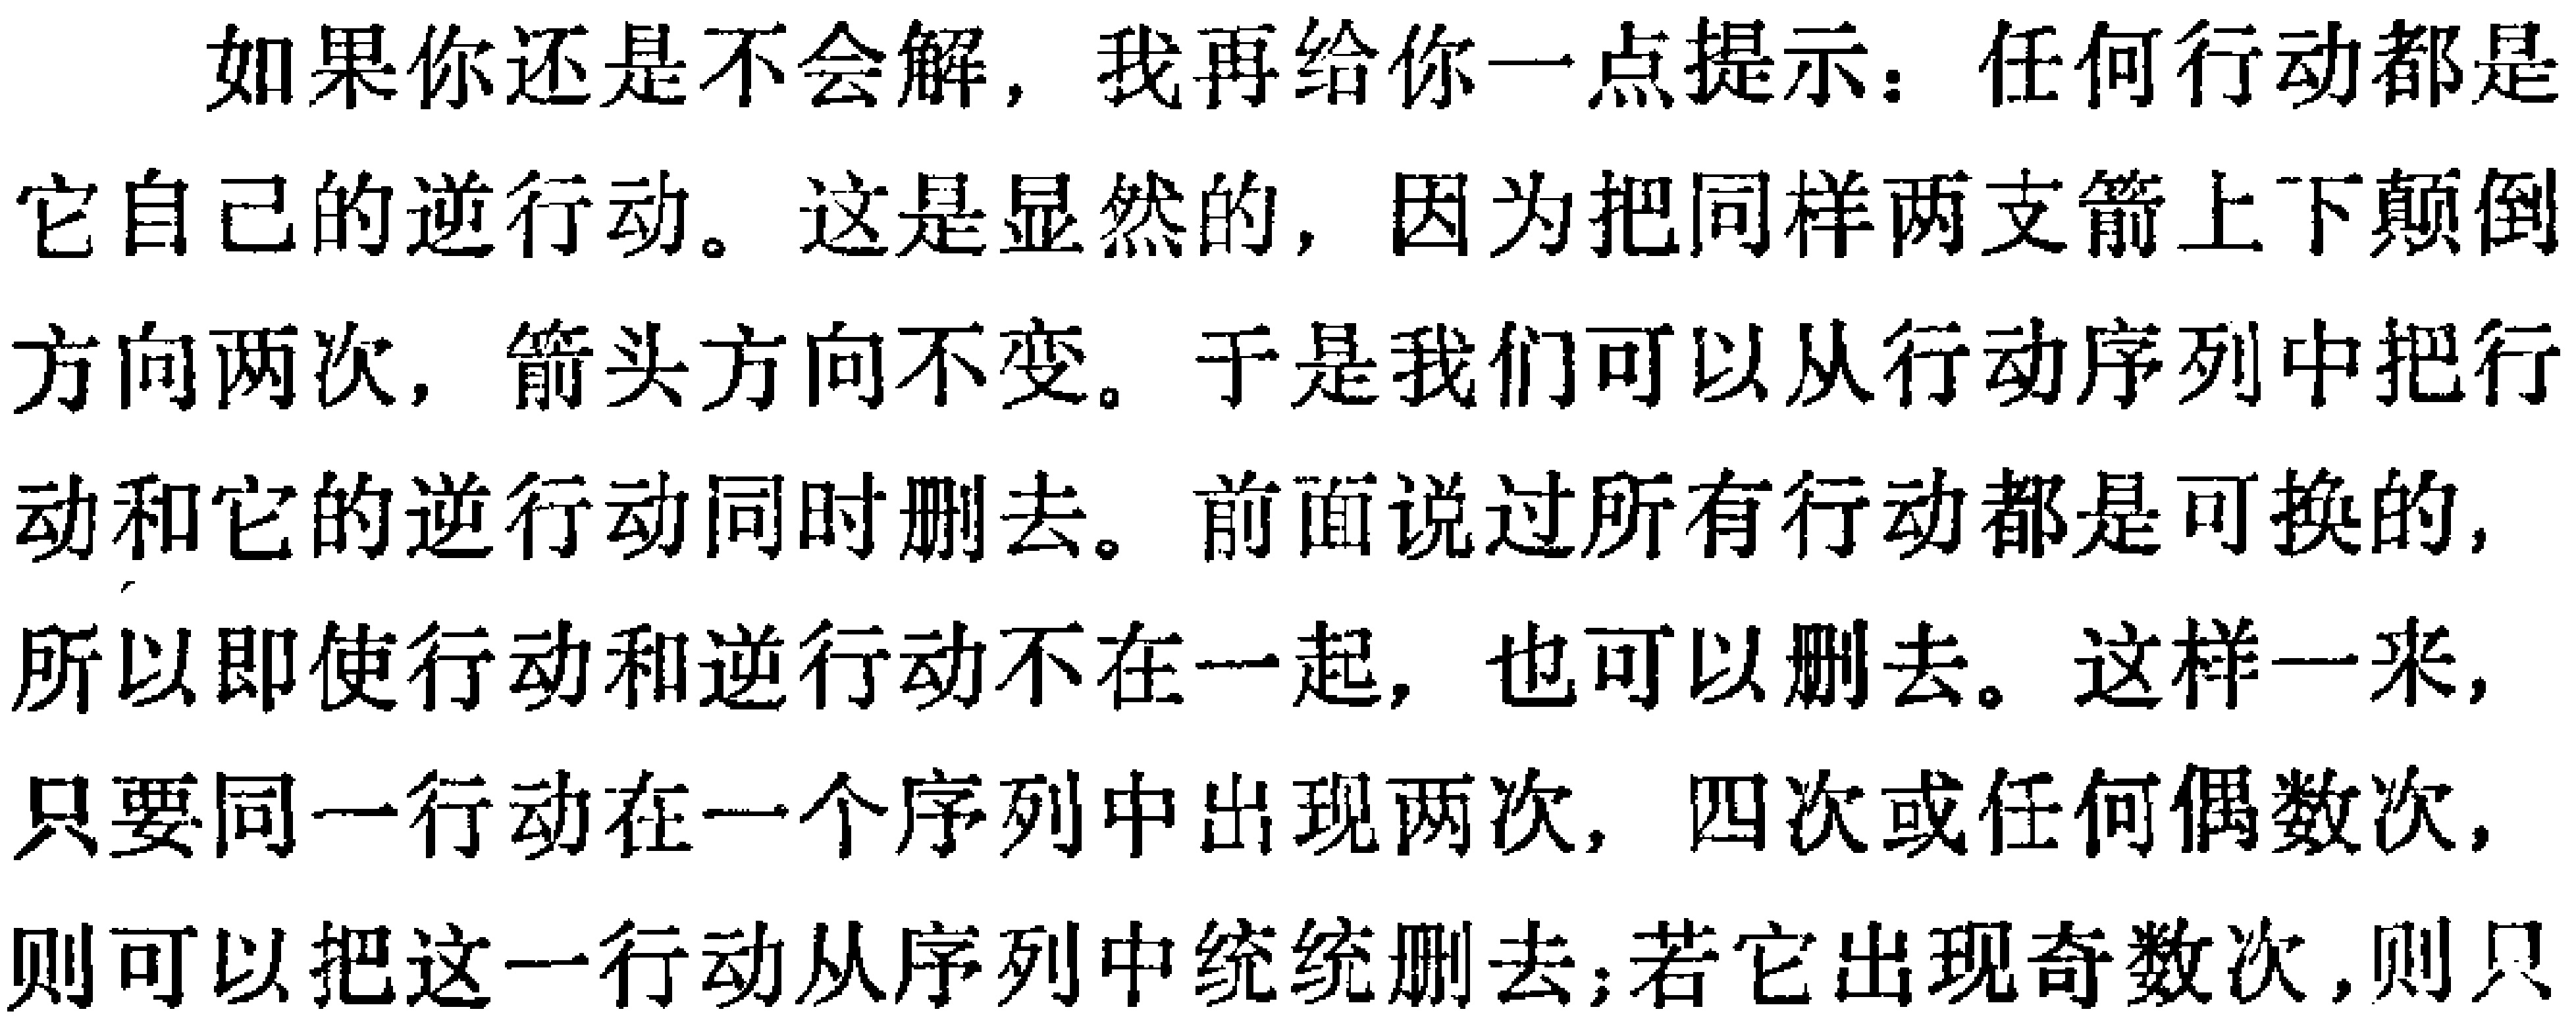
如果你还是不会解，我再给你一点提示：任何行动都是它自己的逆行动。这是显然的，因为把同样两支箭上下颠倒方向两次，箭头方向不变。于是我们可以从行动序列中把行动和它的逆行动同时删去。前面说过所有行动都是可换的，所以即使行动和逆行动不在一起，也可以删去。这样一来，只要同一行动在一个序列中出现两次，四次或任何偶数次，则可以把这一行动从序列中统统删去；若它出现奇数次，则只